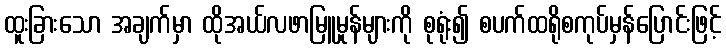
ထူးခြားသော အချက်မှာ ထိုအယ်လဖာမြူမှုန်များကို စုရုံး၍ စပက်ထရိုစကုပ်မှန်ပြောင်းဖြင့်